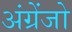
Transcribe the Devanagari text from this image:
अंग्रेंजो